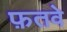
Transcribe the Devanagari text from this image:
फ़तवे